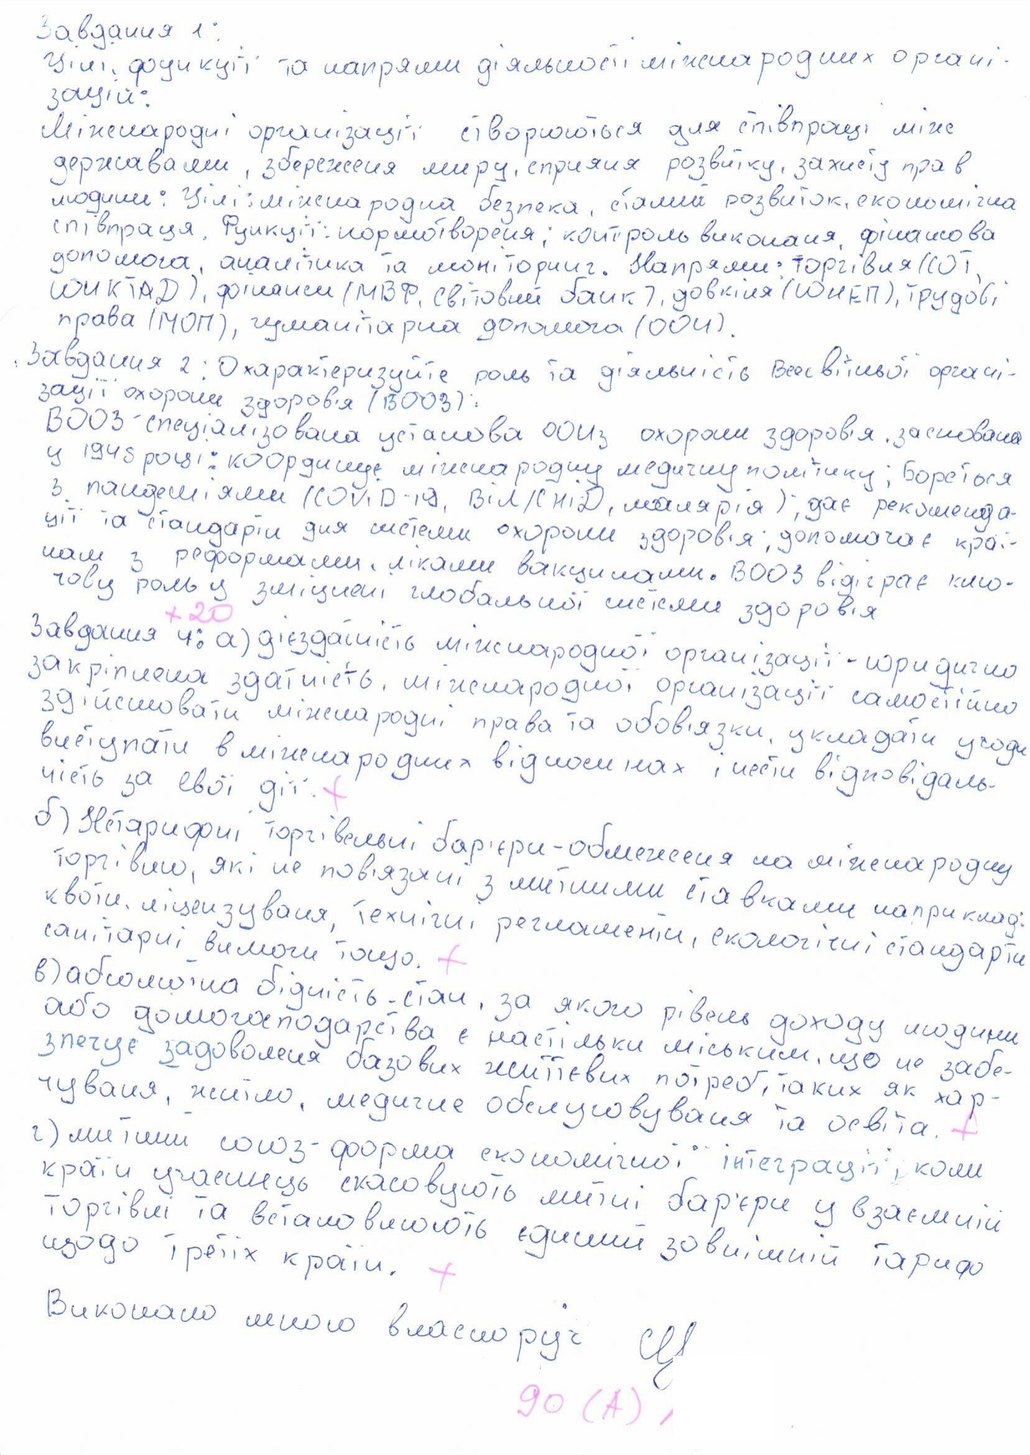
Завдання 1:
Цілі, функції та напрями діяльності міжнародних органі-
зацій:
Міжнародні організації створюються для співпраці між
державами, збереження миру, сприяня розвитку, захисту прав
людини: Цілі: міжнародна безпека, сталий розвиток, економічна
співпраця. Функції: нормотворення; контроль виконання, фінансова
допомога, аналітика та моніторинг. Напрями:торгівля (СОТ,
(ЮНКТАД), фінанси (МВФ, Світовий банк), довкілля (ЮНЕП), трудові
права (МОП), гуманітарна допомога (ООН).
Завдання 2: Охарактеризуйте роль та діяльність Всесвітньої органі-
зації охорони здоров'я (ВООЗ).
ВООЗ спеціалізована установа ООН з охорони здоров'я, заснована:
у 1948 році; координує міжнародну медичну політику; Бореться
з пандеміями (COVID-19, ВІЛ/СНІД, малярія); дає рекоменда-
ції та стандарти для системи охорони здоров'я; допомогає краї-
нам з реформами, ліками, вакцинами. ВООЗ відіграє клю-
чову роль у зміцнені глобальної системи здоров'я
Завдання 4: а) дієздатність міжнародної організації - юридично
+20
закріплена здатність міжнародної організації самостійно
здійснювати міжнародні права та обов'язки, укладати угоди
в міжнародних відносинах і нести відповідаль
б) Нетарифні торгівельні бар'єри - обмеження на міжнародну
ність за свої дії.
+
торгівлю, які не пов'язані з митними ставками наприклад
: квоти, ліцензування, технічні регламенти, екологічні стандарти
в) абсолютна бідність - стан, за якого рівень доходу людини
санітарні вимоги тощо.
або домогосподарства є настільки низьким, що не забе-
+
зпечує задоволення базових життєвих потреб, таких як хар-
чування, житло, медичне обслуговування та освіта.
г) митний союз - форма економічної інтеграції, коли
країни учасниці скасовують митні бар'єри у взаємній
торгівлі та встановлюють єдиний зовнішній тариф
щодо третіх країн.
+
Виконано мною власноруч [illegible]
90 (A) A